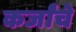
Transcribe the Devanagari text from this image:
कर्जांचे